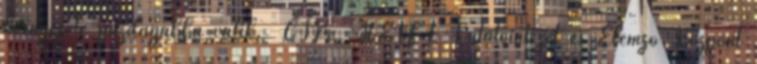
környezete gazdagabbá válik. CÍM HÉTFA Kutatóintézet és Elemző Központ